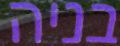
בניה